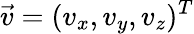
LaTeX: \vec{v}=(v_{x},v_{y},v_{z})^{T}